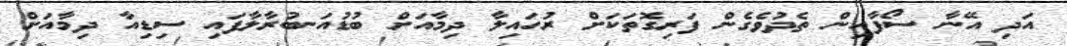
އަދި އޭނާ ސޯފާއިން ތެދުވެގެން ފަރިގޮތަކަށް ރުހައިލާ ދިމާއަށް ބުޑުއަނބުރާލާފައި ސިޑިއާ ދިމާއަށް